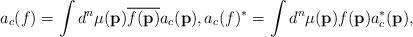
LaTeX: \begin{align*}a_c(f)=\int d^n\mu(\mathbf{p}) \overline{f(\mathbf{p})}a_c(\mathbf{p}), a_c(f)^{*}=\int d^n\mu(\mathbf{p}) {f(\mathbf{p})}a_c^{*}(\mathbf{p}),\end{align*}